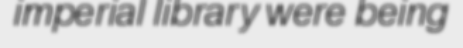
imperial library were being